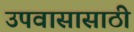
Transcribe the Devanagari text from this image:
उपवासासाठी